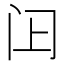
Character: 𬮛